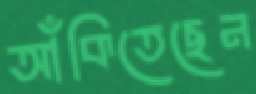
আঁকিতেছেন